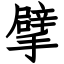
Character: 擘